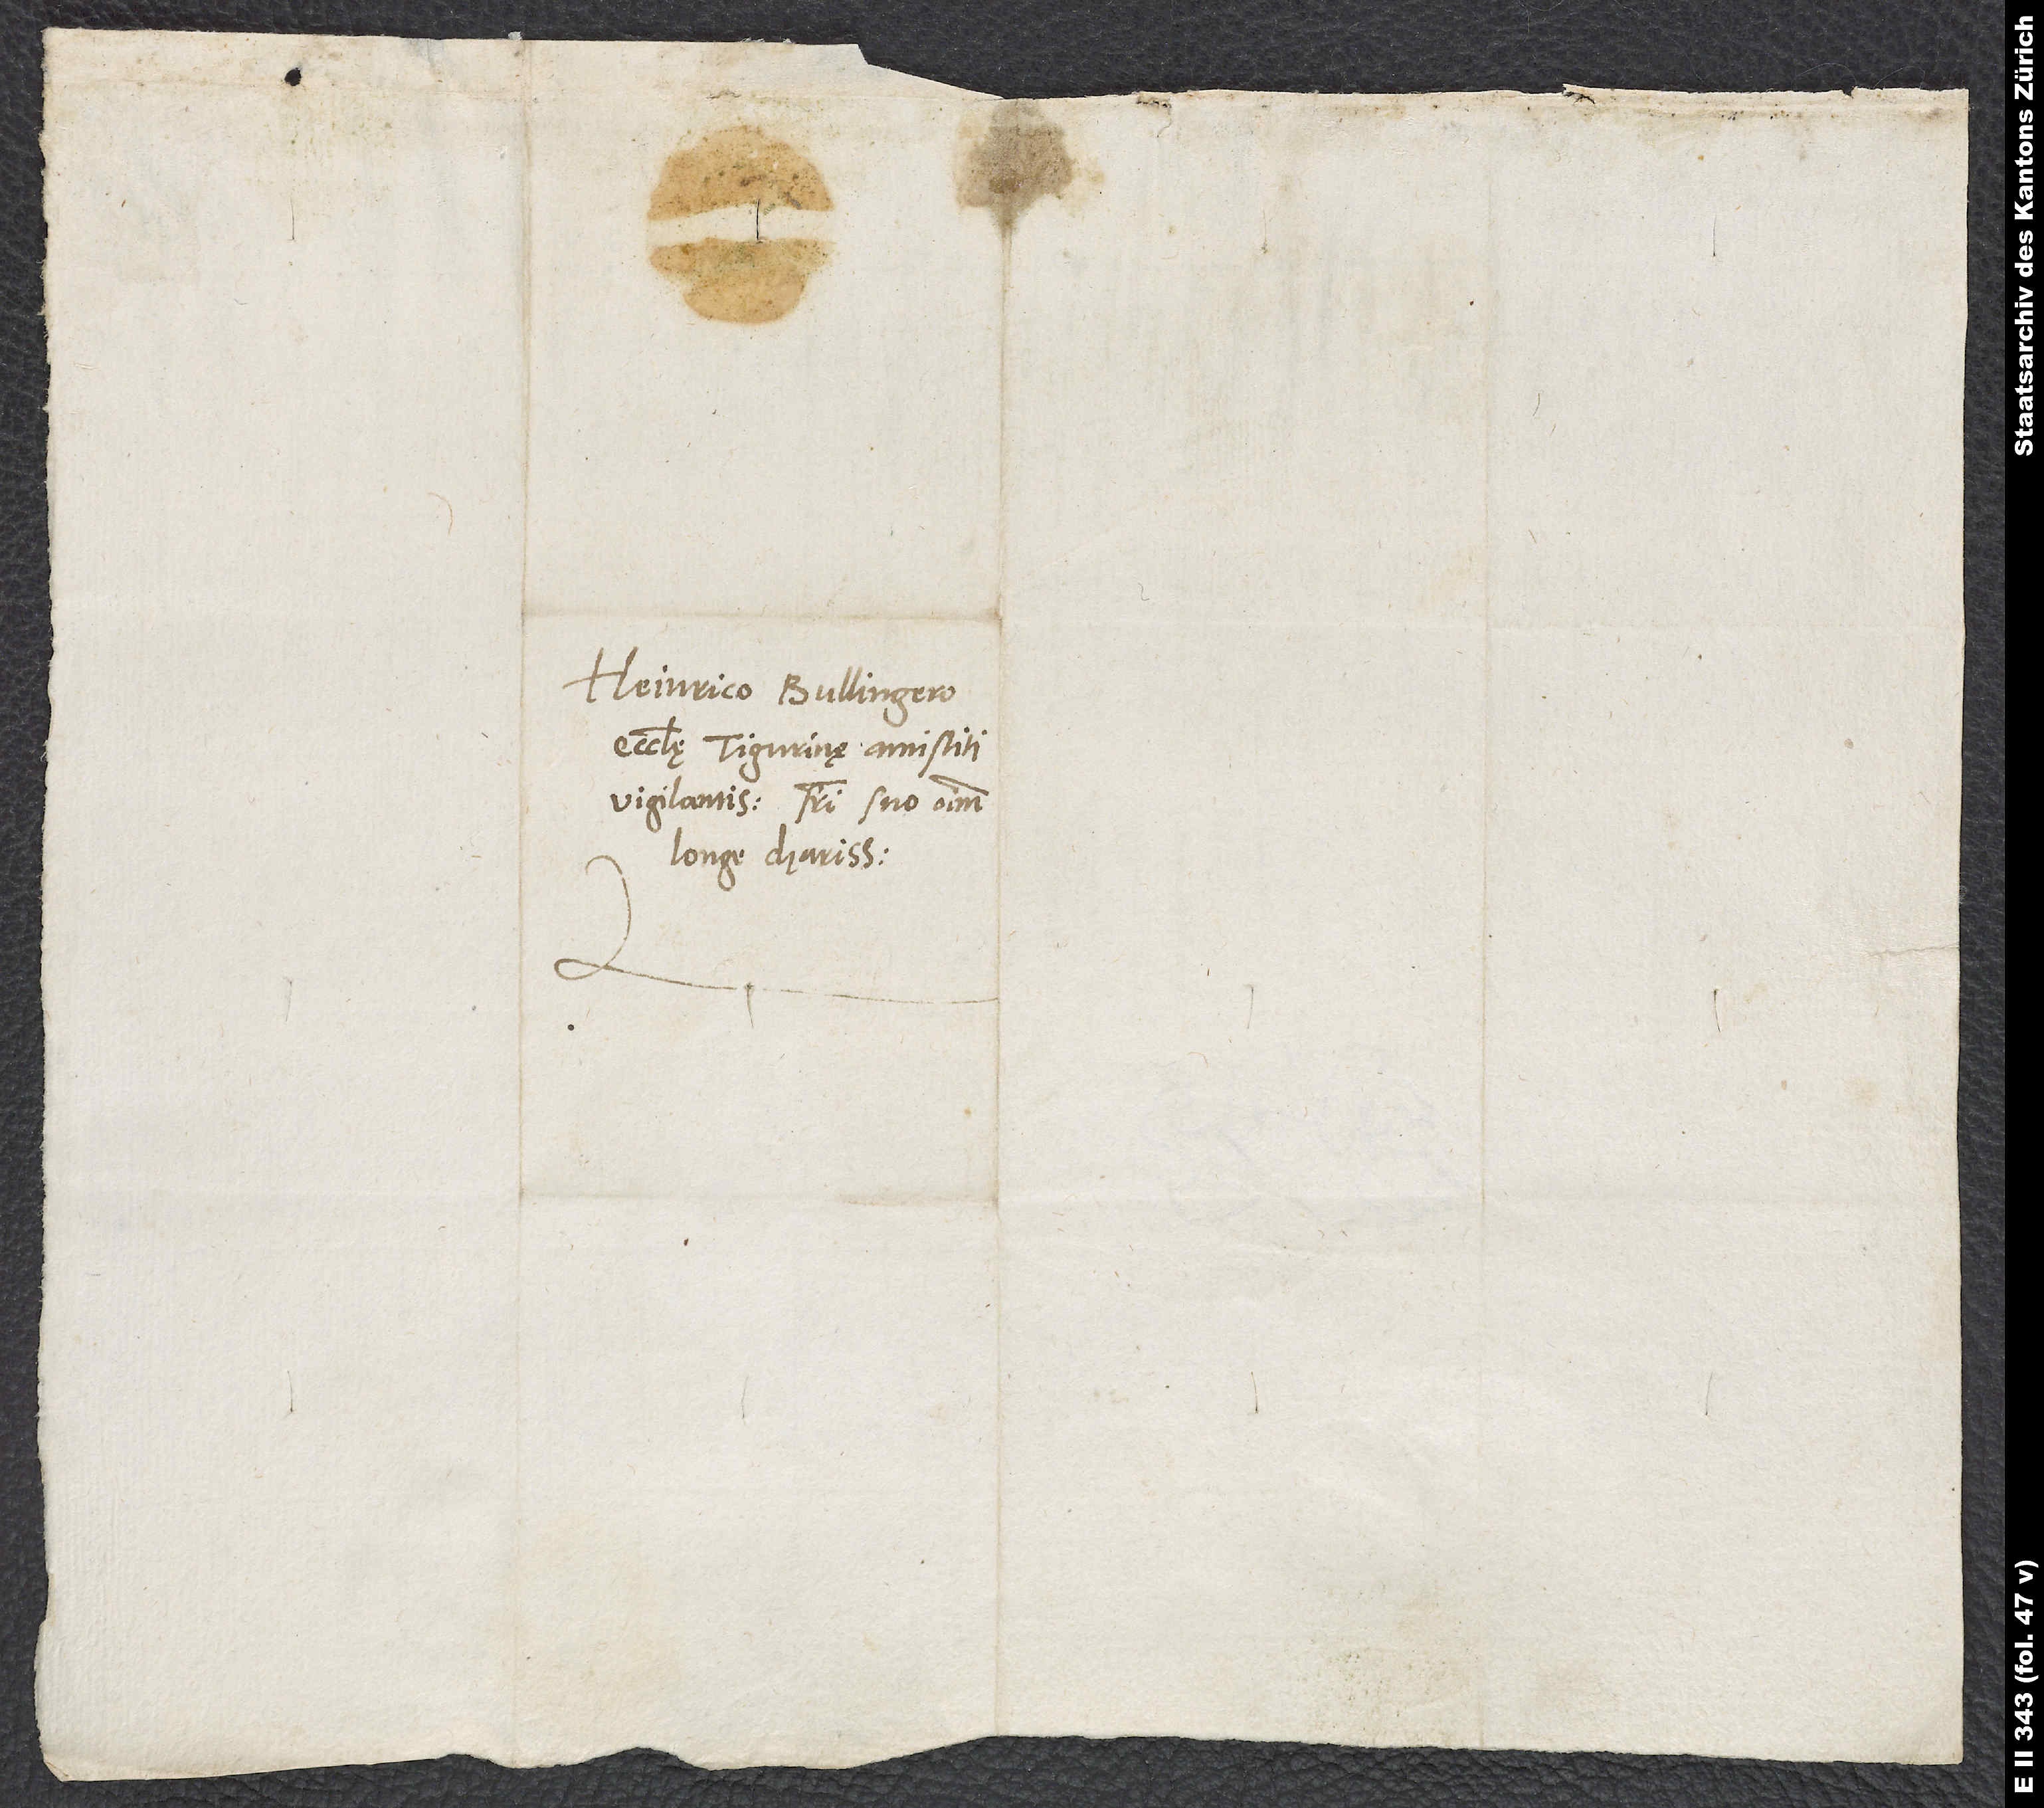
Heinrico Bullingero,
ecclesię Tigurinę antistiti
vigilantissimo, fratri suo omnium
longe charissimo.